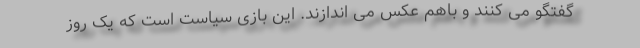
گفتگو می کنند و باهم عکس می اندازند. این بازی سیاست است که یک روز